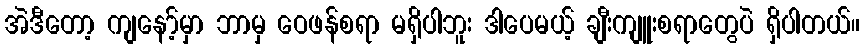
အဲဒီတော့ ကျနော့်မှာ ဘာမှ ဝေဖန်စရာ မရှိပါဘူး ဒါပေမယ့် ချီးကျူးစရာတွေပဲ ရှိပါတယ်။